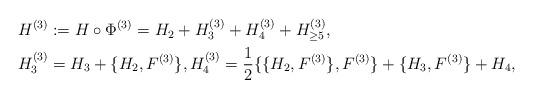
LaTeX: \begin{align*}\begin{aligned}& H^{(3)}:=H\circ \Phi^{(3)}=H_2+H_{3}^{(3)}+H^{(3)}_4+H^{(3)}_{\geq 5},\\& H^{(3)}_3=H_3+\{ H_2, F^{(3)} \}, H^{(3)}_4=\frac{1}{2} \{\{ H_2, F^{(3)} \}, F^{(3)} \}+\{ H_3, F^{(3)} \}+H_4,\end{aligned}\end{align*}